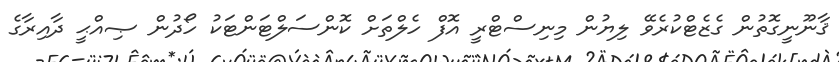
ޤާނޫނީގޮތުން ގެޒެޓްކުރެވޭ ލިޔުން މިނިސްޓްރީ އޮފް ހެލްތަށް ކޮންސަލްޓަންޓަކު ހޯދުން ޞިއްޙީ ދާއިރާގެ